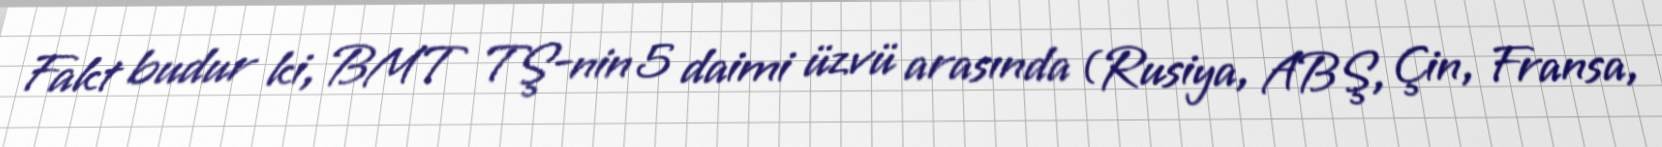
Fakt budur ki, BMT TŞ-nin 5 daimi üzvü arasında (Rusiya, ABŞ, Çin, Fransa,